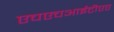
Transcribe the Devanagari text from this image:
एचएचआईटीएए